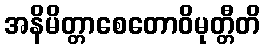
အနိမိတ္တာစေတောဝိမုတ္တီတိ